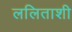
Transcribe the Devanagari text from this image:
ललिताशी